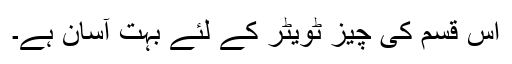
اس قسم کی چیز ٹویٹر کے لئے بہت آسان ہے۔